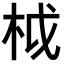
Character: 𣐋